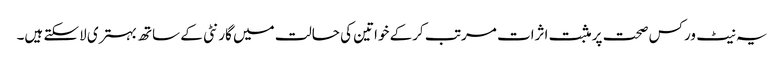
یہ نیٹ ورکس صحت پر مثبت اثرات مرتب کرکے خواتین کی حالت میں گارنٹی کے ساتھ بہتری لاسکتے ہیں۔